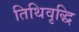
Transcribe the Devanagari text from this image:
तिथिवृद्धि